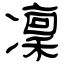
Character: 凜